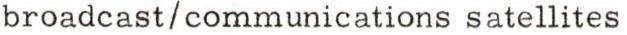
broadcast/communications satellites